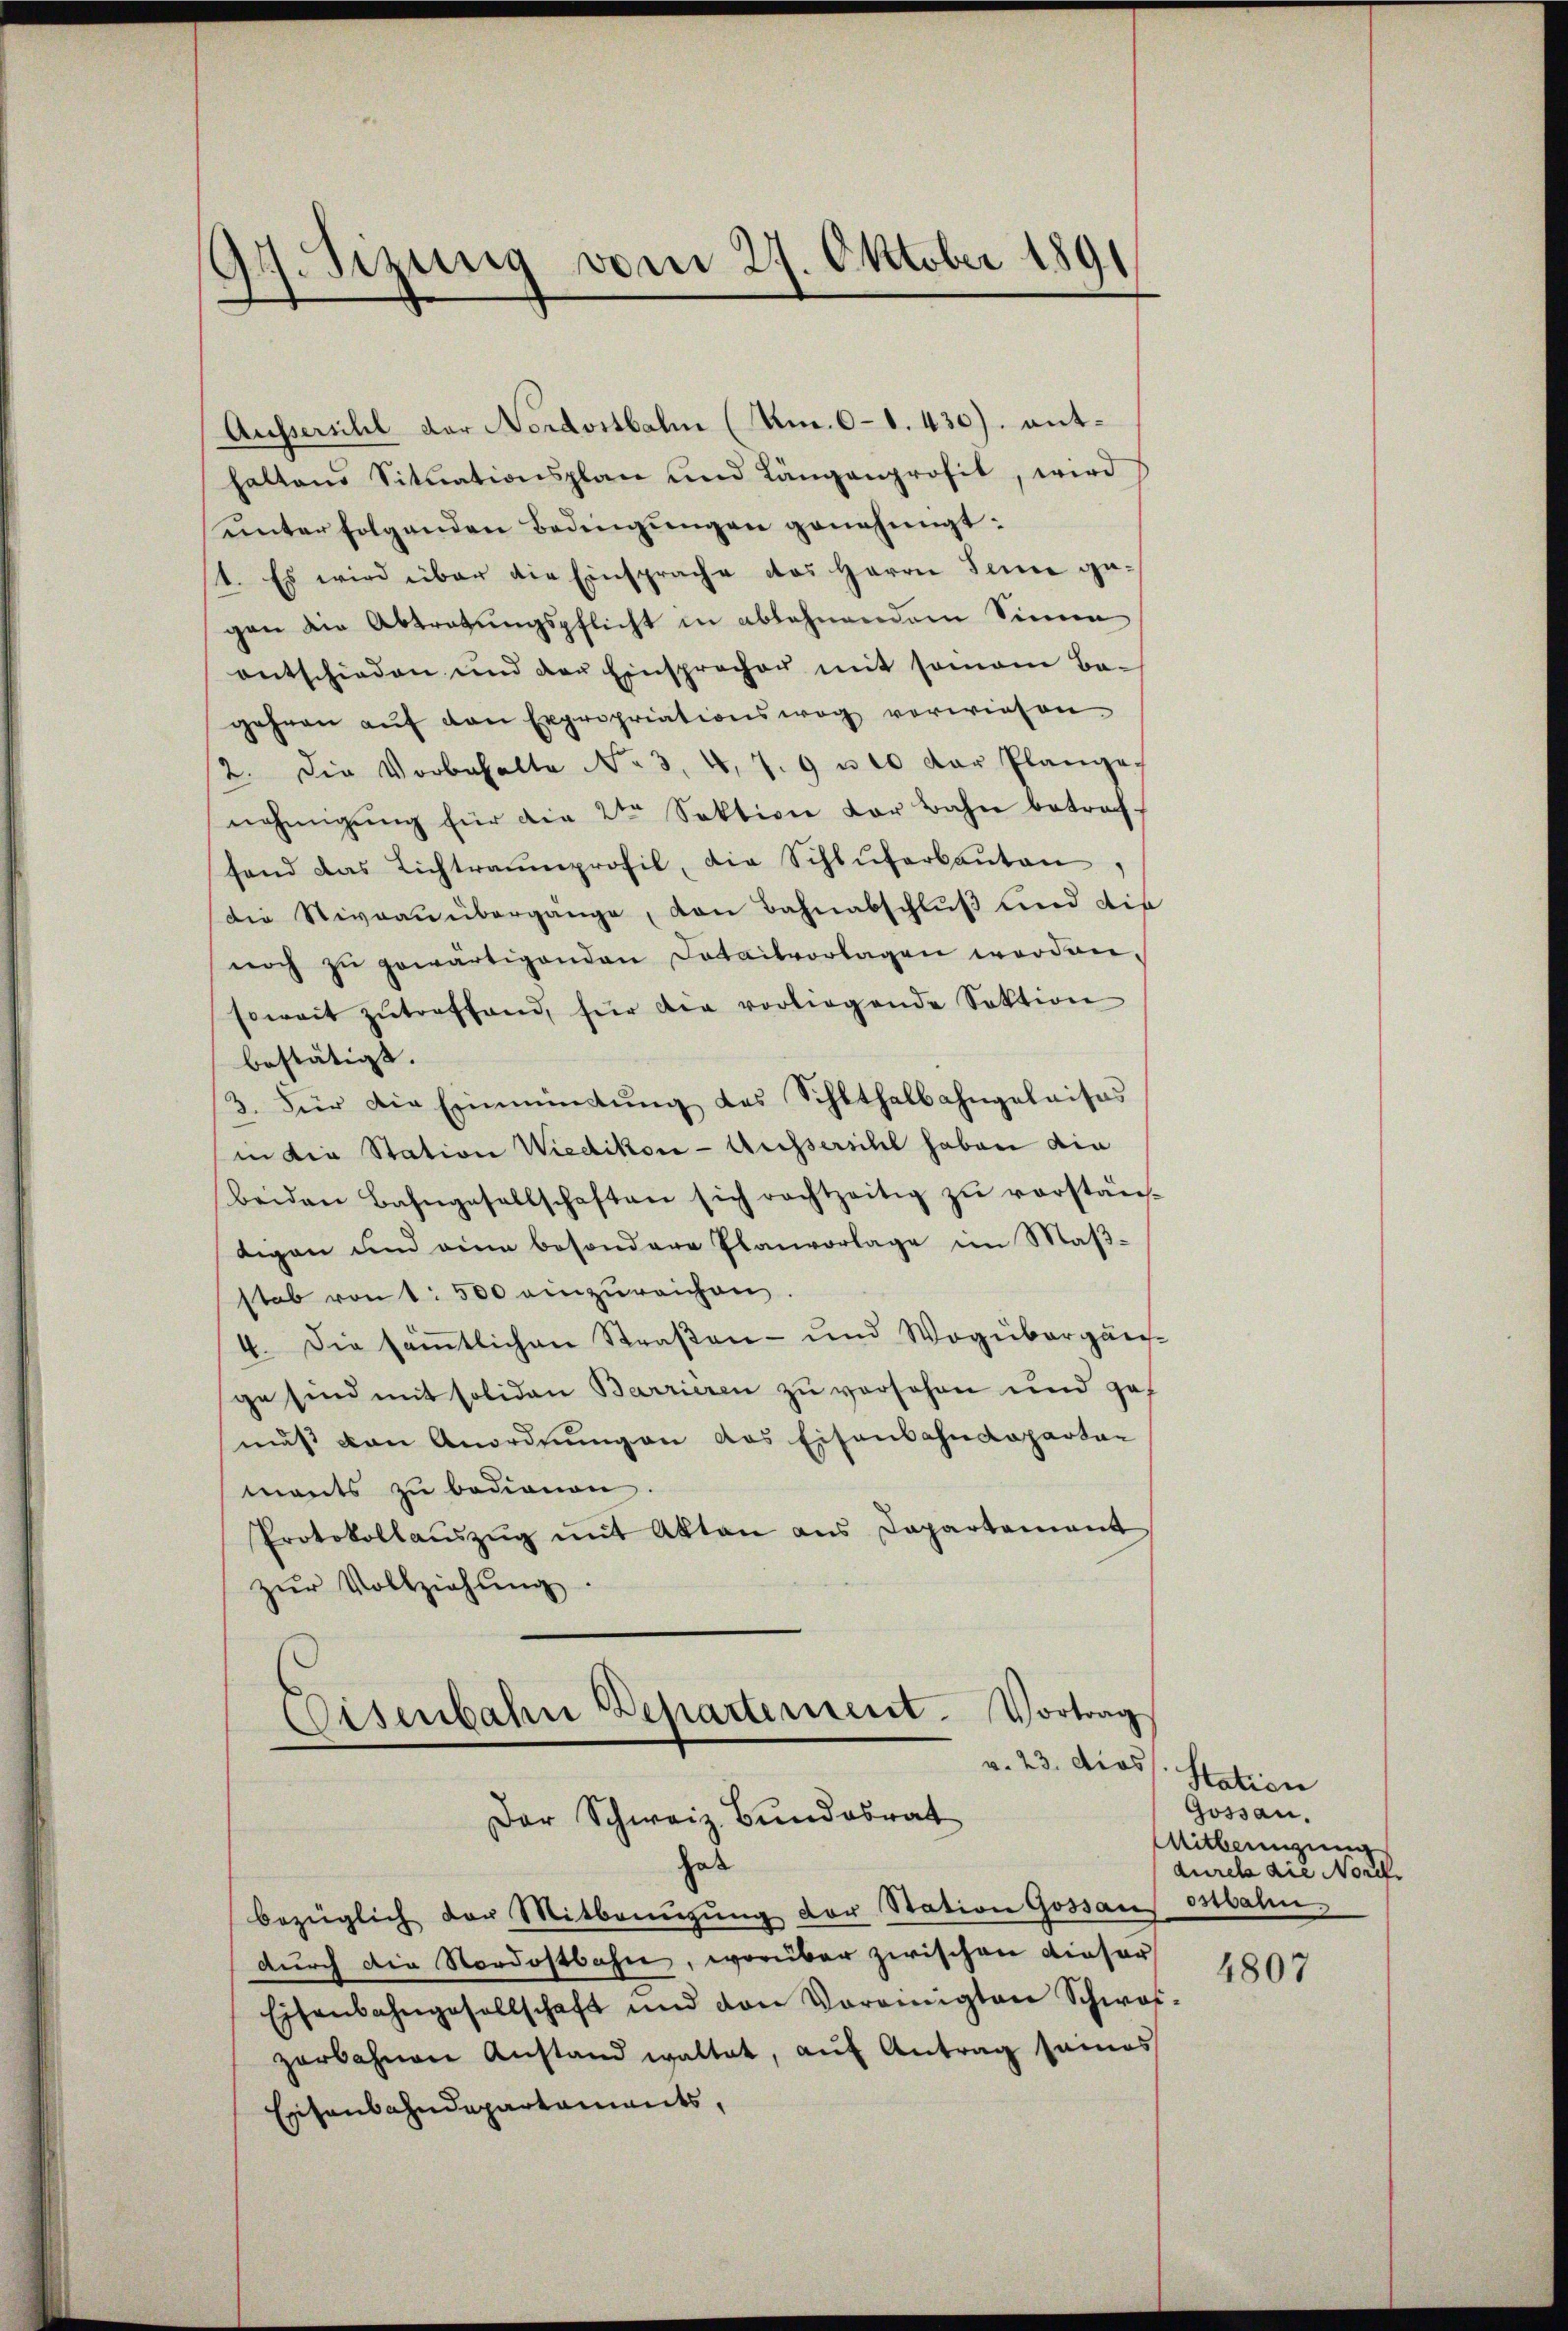
dt. Sizung vom 27. Oktober 1891

Aussersihl der Nordostbahn (Um. 61. 430). enthaltend Situationsplan und Längenprofit, wird
ŭnter folgenden Bedingungen genehmigt:
1. Es wird über die Einsprache das Herrn Seine gegen die Abtretungspflicht in ablehnendem Sinne
entschieden und der Einsprecher mit seinem Bagehen aŭf den Expropriationsweg vorwiesen
/12. Die Vorbehalte No 3, 4, 7. 9 u 10 der Plange,
nehmigŭng für die 2ten Sektion der Bahn betreffand das Lichtraumprofil, die Schluferbanten
die Niveau übergänge, den Bahnabschluß und die
noch zŭ gewärtigenden Datailvorlagen worden,
soweit zŭtreffend, für die vorliegende Sektion
bestätigt. |
3. Für die Einmündung des Schlthalbahngelaisas
in die Station Wiedikon - Aussersihl haben die
beiden Bahngesellschaften sich rachtzeitig zŭ verstän-
gegen und eine besondere Planvorlage im Maßstab von 1 500 einzŭreichen.
4. Die sämtlichen Straßen- und Wogübergän-
ge sind mit soliden Barrieren zu versehen und gef
muß den Anordnungen das Eisenbahndepartar
mants zu bedienen.
Protokollaŭszŭg mit Akten ans Departement
zŭr Vollziehung

Vortrag
Eisenbahn Departement.
v. 23. das
Der Schweiz. Bŭndesrat

hat
bezüglich der Mitbringŭng der Station Gossau ostbali.
durch die Nordostbahn, worüber zwischen dieser
Eisenbahngesellschaft und den Vereinigten Schwei-
zerbahnen Anstand waltet, aŭf Antrag seines
Eisenbahndepartaments,

Station
Gossau.
Mitleinigung
durch die Norck

4807